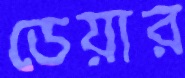
ডেয়ার